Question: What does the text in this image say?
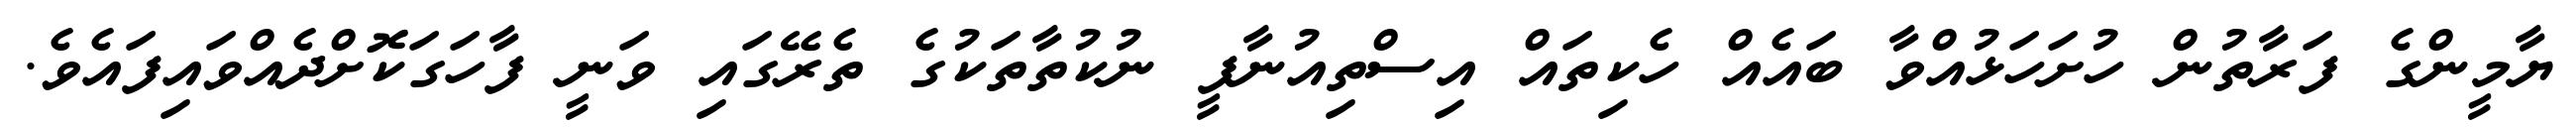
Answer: ޔާމީންގެ ފަރާތުން ހުށަހަޅުއްވާ ބައެއް ހެކިތައް އިސްތިއުނާފީ ނުކުތާތަކުގެ ތެރޭގައި ވަނީ ފާހަގަކޮށްދެއްވައިފައެވެ.